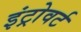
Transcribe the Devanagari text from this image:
इंट्रोवर्ट